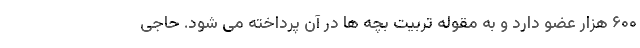
۶۰۰ هزار عضو دارد و به مقوله تربیت بچه ها در آن پرداخته می شود. حاجی